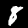
Label: 8